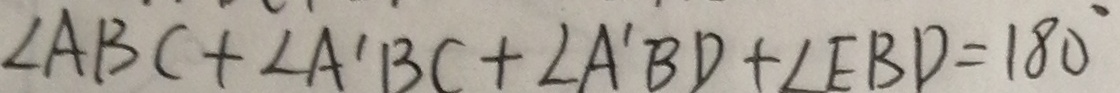
\angle A B C + \angle A ^ { \prime } B C + \angle A ^ { \prime } B D + \angle E B D = 1 8 0 ^ { \circ }